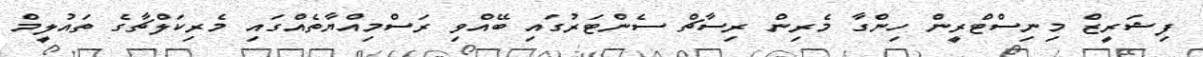
ފިޝަރީޒް މިނިސްޓްރީން ހިންގާ މެރިން ރިސާޗް ސެންޓަރުގައި ބޭއްވި ރަސްމިއްޔާތެއްގައި މެރިކަލްޗާގެ ތައުލީމް